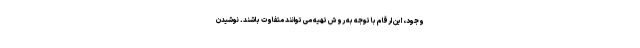
وجود، این ارقام با توجه به روش تهیه می توانند متفاوت باشند. نوشیدن